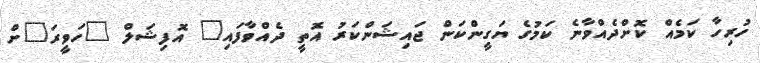
ހުރިހާ ކަމެއް ކޮށްދެއްވާނެ ކަމުގެ ޔަގީންކަން ޖައިޝަންކަރު އޮތީ ދެއްވާފައި" އޮފިޝަލް "ހަވީރަ"ށް